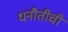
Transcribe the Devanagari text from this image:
धनौतीची